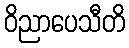
ဝိညာပေသီတိ